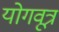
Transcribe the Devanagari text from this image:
योगवूत्र